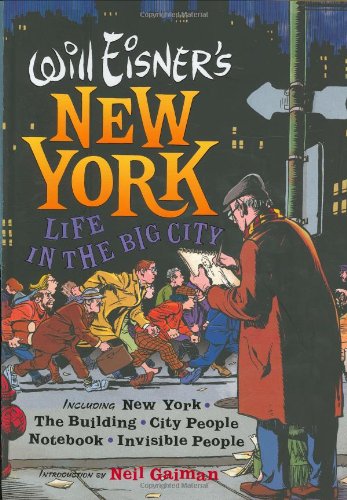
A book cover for Will Eisner's New York: Life in the Big City; Will Eisner; Reference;